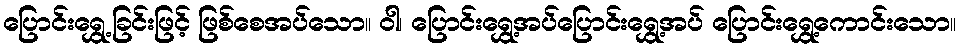
ပြောင်းရွှေ့ခြင်းဖြင့် ဖြစ်စေအပ်သော။ ဝါ၊ ပြောင်းရွှေ့အပ်ပြောင်းရွှေ့အပ် ပြောင်းရွှေ့ကောင်းသော။